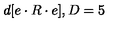
d [ e \cdot R \cdot e ] , D = 5